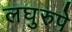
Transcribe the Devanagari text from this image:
लघुरुपे